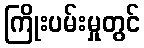
ကြိုးပမ်းမှုတွင်